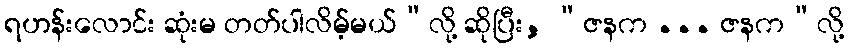
ရဟန်းလောင်း ဆုံးမ တတ်ပါလိမ့်မယ်”လို့ ဆိုပြီး, “ဇနက ... ဇနက”လို့